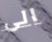
الى